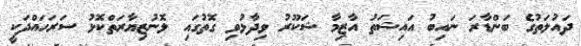
ދައުލަތުގެ ބަންޑާރަ ނައިބު އައިޝަތު އާޒިމާ ޝަކޫރު ވިދާޅުވި ގޮތުގައި ލޮނުޒިޔާރަތްކޮޅު ސަރަހައްދަކީ